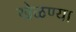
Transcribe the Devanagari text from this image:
खेळण्या